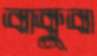
বাকুবা